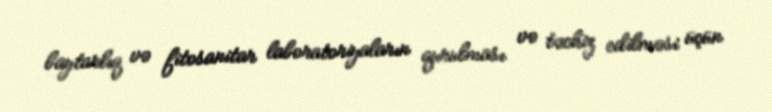
baytarlıq və fitosanitar laboratoriyaların qurulması və təchiz edilməsi üçün